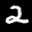
Label: 2